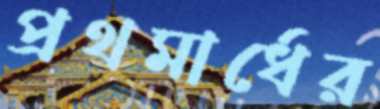
প্রথমার্ধের